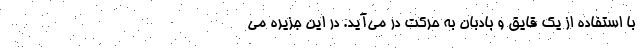
با استفاده از یک قایق و بادبان به حرکت در می‌آید. در این جزیره می